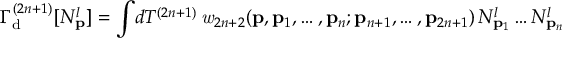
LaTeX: \Gamma _ { \mathrm { d } } ^ { ( 2 n + 1 ) } [ N _ { \bf p } ^ { l } ] = \int \! d { \cal T } ^ { ( 2 n + 1 ) } \, { \it w } _ { 2 n + 2 } ( { \bf p } , { \bf p } _ { 1 } , \ldots , { \bf p } _ { n } ; { \bf p } _ { n + 1 } , \ldots , { \bf p } _ { 2 n + 1 } ) \, N _ { { \bf p } _ { 1 } } ^ { l } \ldots N _ { { \bf p } _ { n } } ^ { l }